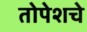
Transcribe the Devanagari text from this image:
तोपेशचे